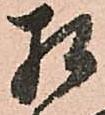
相